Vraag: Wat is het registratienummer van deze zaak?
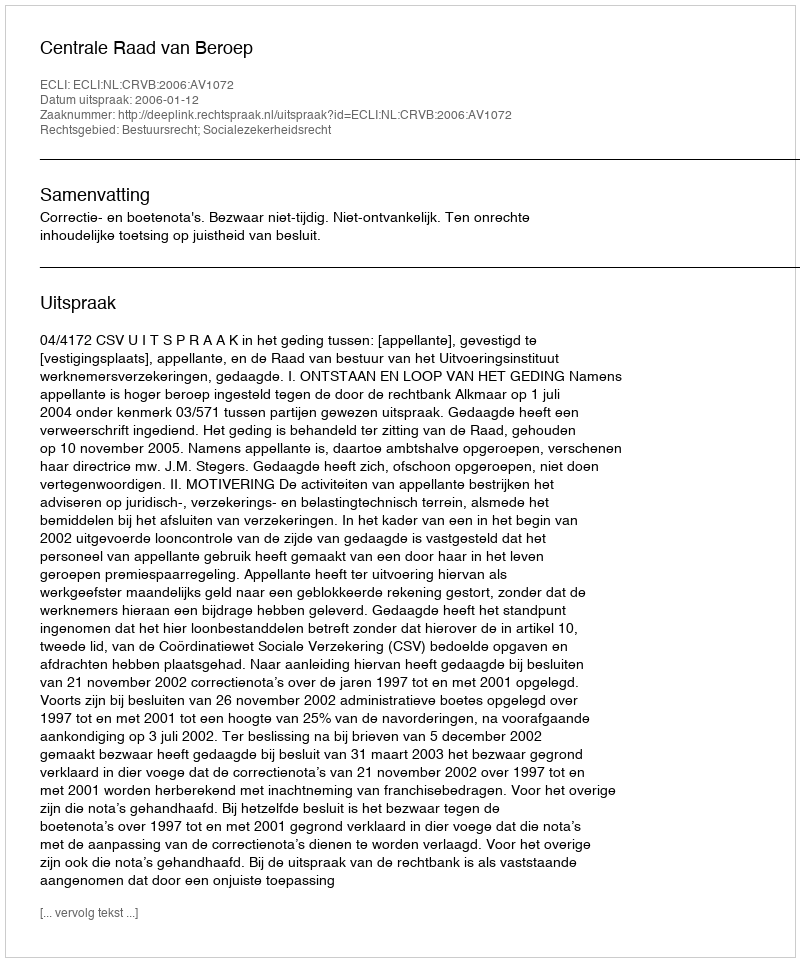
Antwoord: http://deeplink.rechtspraak.nl/uitspraak?id=ECLI:NL:CRVB:2006:AV1072